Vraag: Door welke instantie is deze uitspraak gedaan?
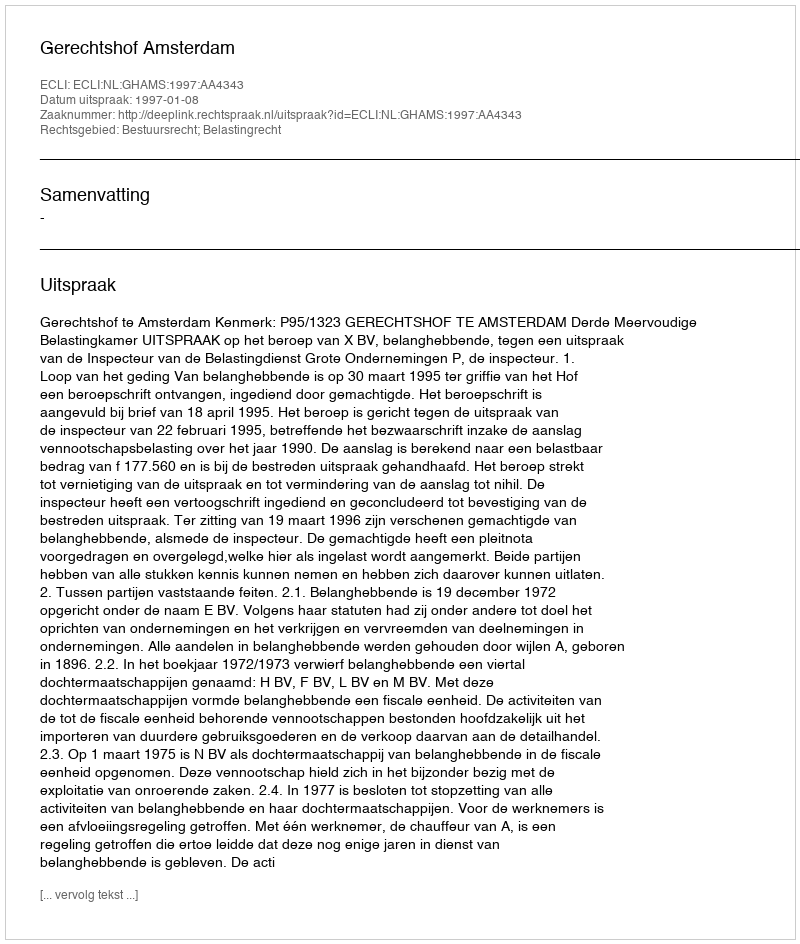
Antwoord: Gerechtshof Amsterdam